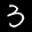
Label: 3